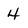
Character: 4